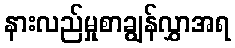
နားလည်မှုစာချွန်လွှာအရ